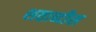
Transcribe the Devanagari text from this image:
शताब्दीस